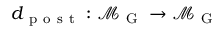
d _ { \mathrm { ~ p ~ o ~ s ~ t ~ } } : \mathcal { M } _ { \mathrm { ~ G ~ } } \to \mathcal { M } _ { \mathrm { ~ G ~ } }